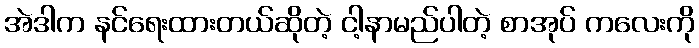
အဲဒါက နင်ရေးထားတယ်ဆိုတဲ့ ငါ့နာမည်ပါတဲ့ စာအုပ် ကလေးကို